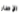
الإطار